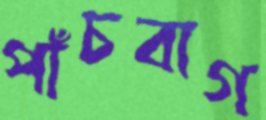
পাঁচবাগ